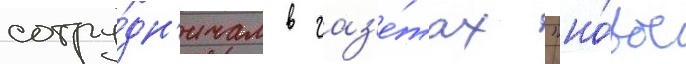
сотру́дн'ичал в газ'е́тах "но́вое